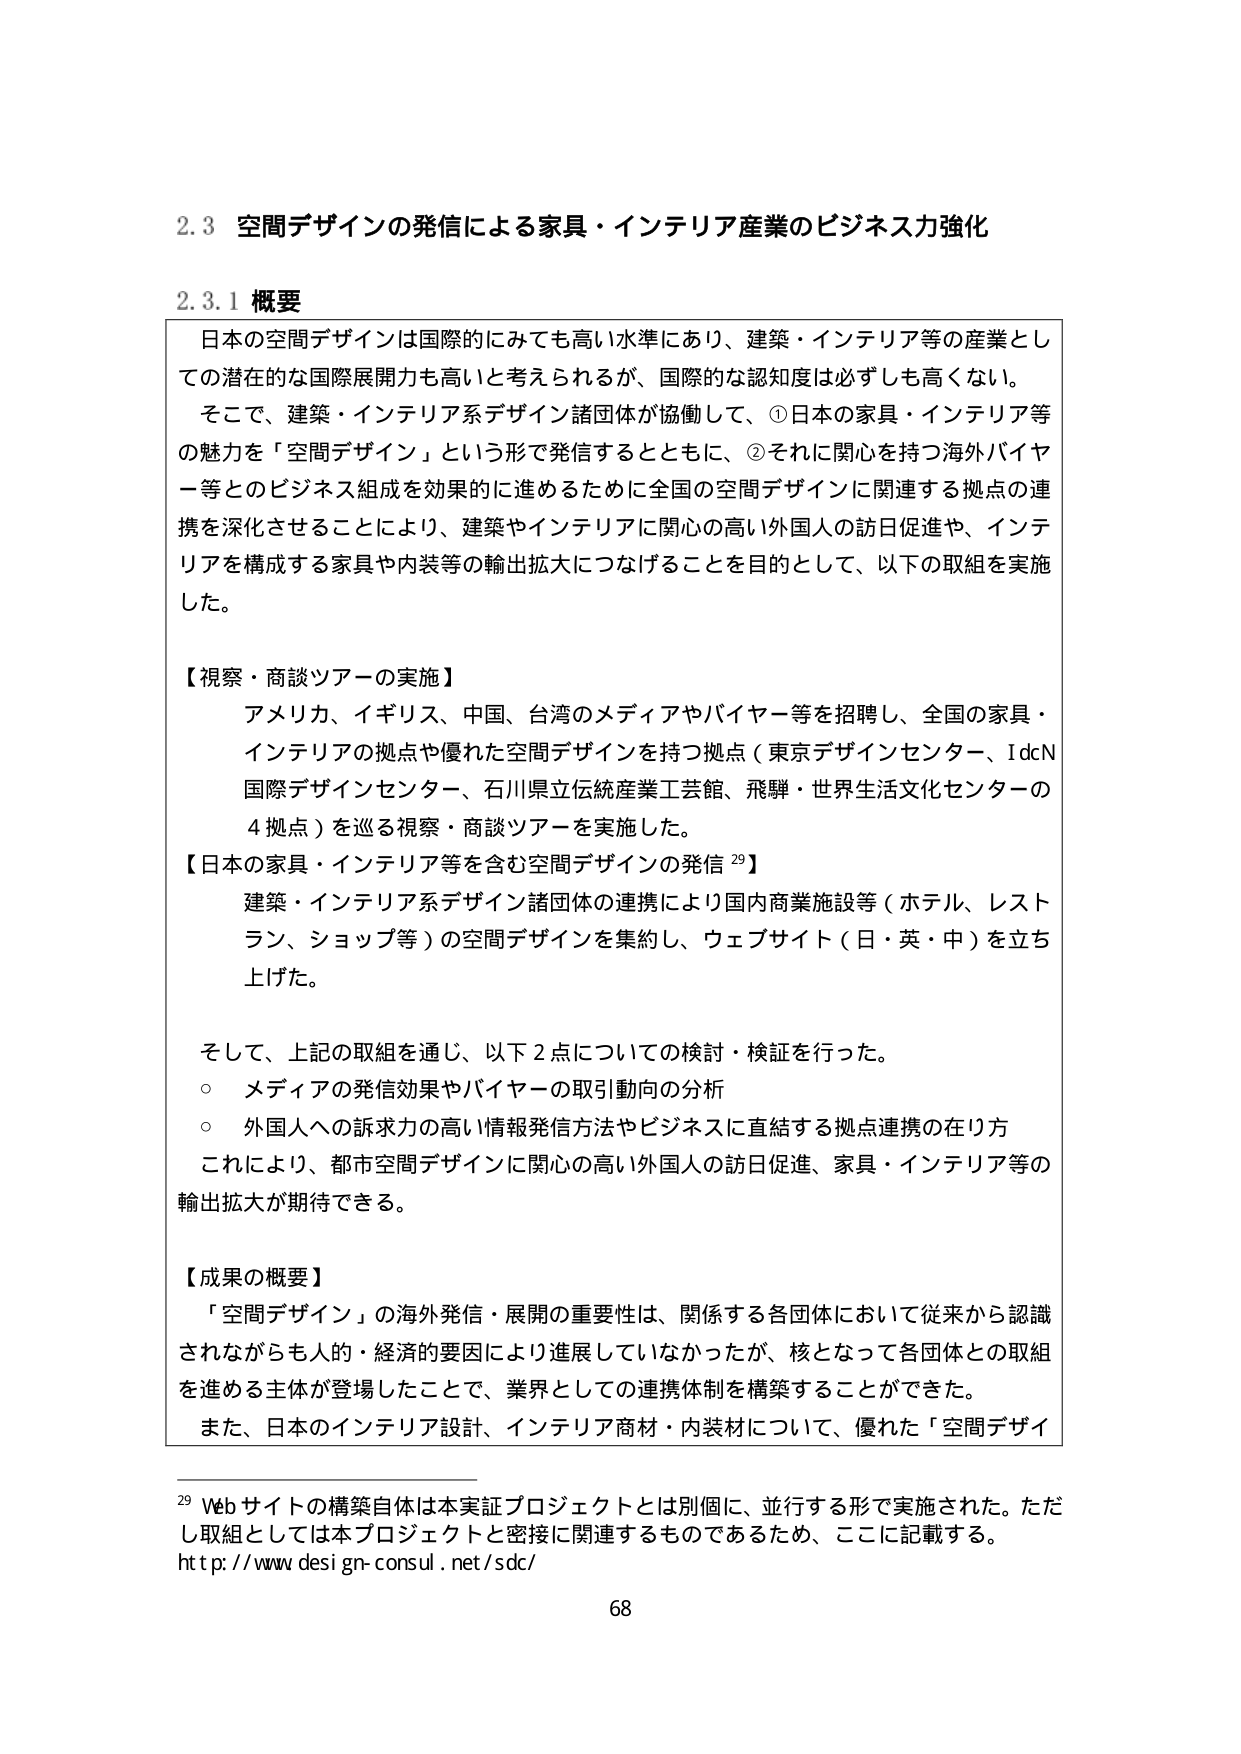
2.3 空間デザインの発信による家具・インテリア産業のビジネス力強化

2.3.1 概要

日本の空間デザインは国際的にみても高い水準にあり、建築・インテリア等の産業としての潜在的な国際展開力も高いと考えられるが、国際的な認知度は必ずしも高くない。

そこで、建築・インテリア系デザイン諸団体が協働して、①日本の家具・インテリア等の魅力を「空間デザイン」という形で発信するとともに、②それに関心を持つ海外バイヤー等とのビジネス組成を効果的に進めるために全国の空間デザインに関連する拠点の連携を深化させることにより、建築やインテリアに関心の高い外国人の訪日促進や、インテリアを構成する家具や内装等の輸出拡大につなげることを目的として、以下の取組を実施した。

【視察・商談ツアーの実施】
アメリカ、イギリス、中国、台湾のメディアやバイヤー等を招聘し、全国の家具・インテリアの拠点や優れた空間デザインを持つ拠点（東京デザインセンター、IdcN国際デザインセンター、石川県立伝統産業工芸館、飛騨・世界生活文化センターの4拠点）を巡る視察・商談ツアーを実施した。

【日本の家具・インテリア等を含む空間デザインの発信 29】
建築・インテリア系デザイン諸団体の連携により国内商業施設等（ホテル、レストラン、ショップ等）の空間デザインを集約し、ウェブサイト（日・英・中）を立ち上げた。

そして、上記の取組を通じ、以下2点についての検討・検証を行った。
○ メディアの発信効果やバイヤーの取引動向の分析
○ 外国人への訴求力の高い情報発信方法やビジネスに直結する拠点連携の在り方
これにより、都市空間デザインに関心の高い外国人の訪日促進、家具・インテリア等の輸出拡大が期待できる。

【成果の概要】
「空間デザイン」の海外発信・展開の重要性は、関係する各国体において従来から認識されながらも人的・経済的要因により進展していなかったが、核となって各国体との取組を進める主体が登場したことで、業界としての連携体制を構築することができた。
また、日本のインテリア設計、インテリア商材・内装材について、優れた「空間デザイ

29 Webサイトの構築自体は本実証プロジェクトとは別個に、並行する形で実施された。ただし取組としては本プロジェクトと密接に関連するものであるため、ここに記載する。
http://www.design-consul.net/sdc/

68